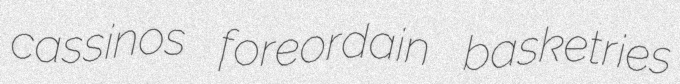
cassinos foreordain basketries